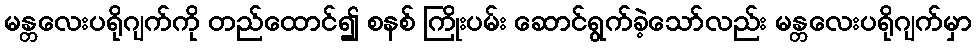
မန္တလေးပရိုဂျက်ကို တည်ထောင်၍ စနစ် ကြိုးပမ်း ဆောင်ရွက်ခဲ့သော်လည်း မန္တလေးပရိုဂျက်မှာ